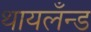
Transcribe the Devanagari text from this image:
थायलँन्ड